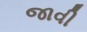
જાવી